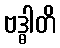
ဗဒ္ဓါတိ